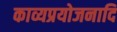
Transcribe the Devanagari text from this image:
काव्यप्रयोजनादि